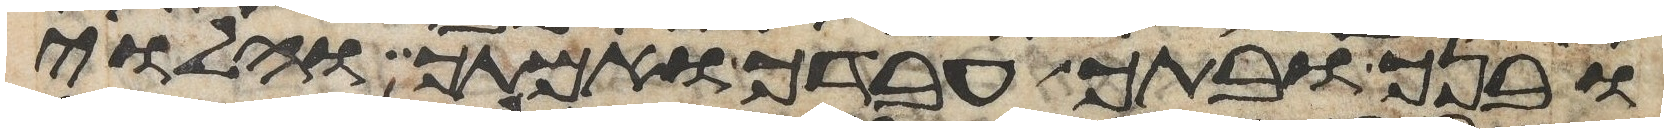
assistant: ובנך ובתך עבדך ואמתך והלוי